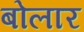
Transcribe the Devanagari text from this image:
बोलार